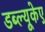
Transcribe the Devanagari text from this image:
डब्ल्यूकेए